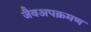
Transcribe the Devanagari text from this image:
जैवअपक्रमण